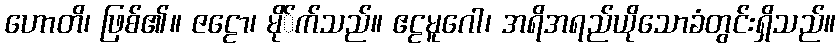
ဟောတိ၊ ဖြစ်၏။ ဇဠော၊ မို်က်သည်။ ဧဠမူဂေါ၊ အရိအရည်ယိုသောခံတွင်းရှိသည်။